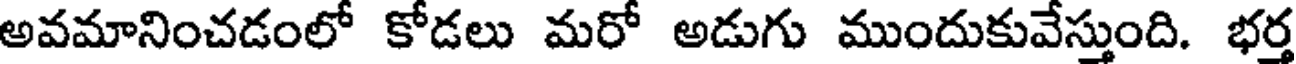
అవమానించడంలో కోడలు మరో అడుగు ముందుకువేస్తుంది. భర్త